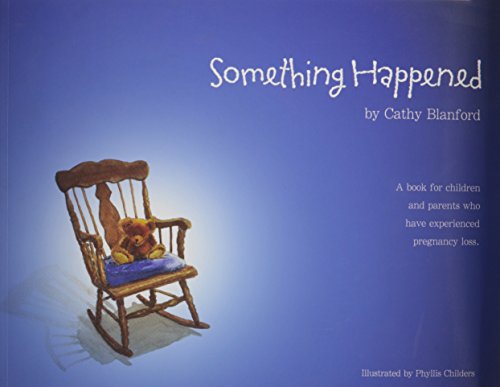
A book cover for Something Happened: A Book for Children and Parents Who Have Experienced Pregnancy Loss; Cathy Blanford; Politics & Social Sciences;